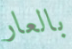
بالعار